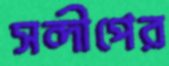
সন্দীপের